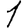
Digit: 1